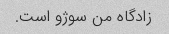
زادگاه من سوژو است.